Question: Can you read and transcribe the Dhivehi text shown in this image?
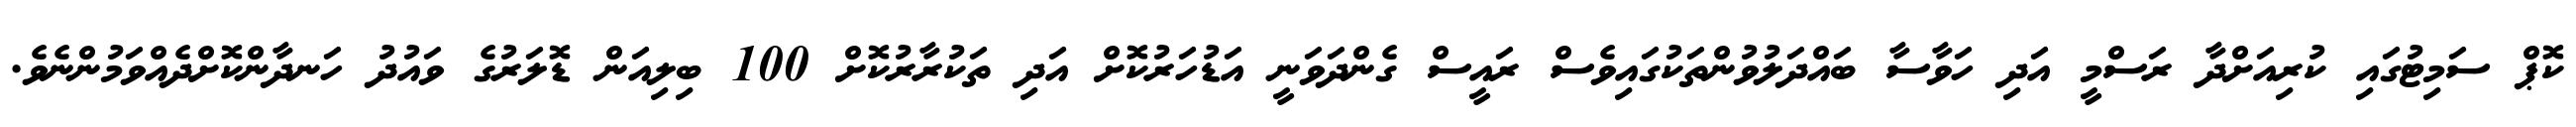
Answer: ކޮޕް ސަމިޓުގައި ކުރިއަށްދާ ރަސްމީ އަދި ހަވާސާ ބައްދަލުވުންތަކުގައިވެސް ރައީސް ގެންދަވަނީ އަޑުހަރުކޮށް އަދި ތަކުރާރުކޮށް 100 ބިލިއަން ޑޮލަރުގެ ވައުދު ހަނދާންކޮށްދެއްވަމުންނެވެ.